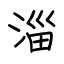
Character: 淄